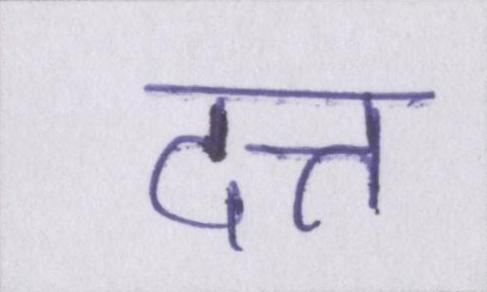
दत्त